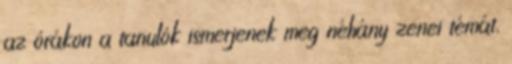
az órákon a tanulók ismerjenek meg néhány zenei témát,